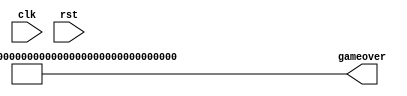
/*
   This file was generated automatically by the Mojo IDE version B1.3.6.
   Do not edit this file directly. Instead edit the original Lucid source.
   This is a temporary file and any changes made to it will be destroyed.
*/

module gameover_6 (
    input clk,
    input rst,
    output reg [191:0] gameover
  );
  
  
  
  reg [2047:0] array;
  
  reg [191:0] go;
  
  
  always @* begin
    array[0+127-:128] = 128'h0f0e0d0c0b0a09080706050403020100;
    array[128+127-:128] = 128'h101112131415161718191a1b1c1d1e1f;
    array[256+127-:128] = 128'h2f2e2d2c2b2a29282726252423222120;
    array[384+127-:128] = 128'h303132333435363738393a3b3c3d3e3f;
    array[512+127-:128] = 128'h4f4e4d4c4b4a49484746454443424140;
    array[640+127-:128] = 128'h505152535455565758595a5b5c5d5e5f;
    array[768+127-:128] = 128'h6f6e6d6c6b6a69686766656463626160;
    array[896+127-:128] = 128'h707172737475767778797a7b7c7d7e7f;
    array[1024+127-:128] = 128'h8f8e8d8c8b8a89888786858483828180;
    array[1152+127-:128] = 128'h909192939495969798999a9b9c9d9e9f;
    array[1280+127-:128] = 128'hafaeadacabaaa9a8a7a6a5a4a3a2a1a0;
    array[1408+127-:128] = 128'hb0b1b2b3b4b5b6b7b8b9babbbcbdbebf;
    array[1536+127-:128] = 128'hcfcecdcccbcac9c8c7c6c5c4c3c2c1c0;
    array[1664+127-:128] = 128'hd0d1d2d3d4d5d6d7d8d9dadbdcdddedf;
    array[1792+127-:128] = 128'hefeeedecebeae9e8e7e6e5e4e3e2e1e0;
    array[1920+127-:128] = 128'hf0f1f2f3f4f5f6f7f8f9fafbfcfdfeff;
    go[0+7-:8] = array[640+56+7-:8];
    go[8+7-:8] = array[640+96+7-:8];
    go[16+7-:8] = array[768+40+7-:8];
    go[24+7-:8] = array[768+48+7-:8];
    go[32+7-:8] = array[768+56+7-:8];
    go[40+7-:8] = array[768+80+7-:8];
    go[48+7-:8] = array[768+88+7-:8];
    go[56+7-:8] = array[768+96+7-:8];
    go[64+7-:8] = array[896+32+7-:8];
    go[72+7-:8] = array[896+56+7-:8];
    go[80+7-:8] = array[896+72+7-:8];
    go[88+7-:8] = array[896+96+7-:8];
    go[96+7-:8] = array[1024+32+7-:8];
    go[104+7-:8] = array[1024+48+7-:8];
    go[112+7-:8] = array[1024+56+7-:8];
    go[120+7-:8] = array[1024+72+7-:8];
    go[128+7-:8] = array[1024+88+7-:8];
    go[136+7-:8] = array[1024+96+7-:8];
    go[144+7-:8] = array[1152+32+7-:8];
    go[152+7-:8] = array[1152+72+7-:8];
    go[160+7-:8] = array[1280+40+7-:8];
    go[168+7-:8] = array[1280+48+7-:8];
    go[176+7-:8] = array[1280+80+7-:8];
    go[184+7-:8] = array[1280+88+7-:8];
    gameover = go;
  end
endmodule